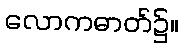
လောကဓာတ်၌။